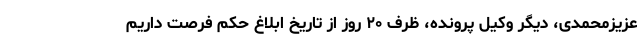
عزیزمحمدی، دیگر وکیل پرونده، ظرف ۲۰ روز از تاریخ ابلاغ حکم فرصت داریم